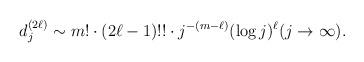
LaTeX: \begin{align*} d_j^{(2\ell)} \sim m! \cdot (2\ell-1)!! \cdot j^{-(m-\ell)}(\log j)^{\ell}(j \to \infty).\end{align*}